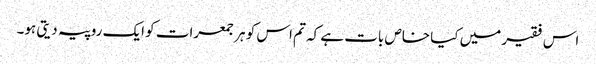
اس فقیر میں کیا خاص بات ہے کہ تم اس کو ہر جمعرات کو ایک روپیہ دیتی ہو۔